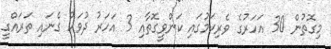
މިގޮތުން 30 އަހަރުގެ ވެރިކަމުގައި ކަންވީގޮތާއި 3 އަހަރު ދުވަހު ގެނައި ތަރައްގީ